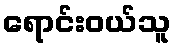
ရောင်းဝယ်သူ